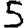
Digit: 5